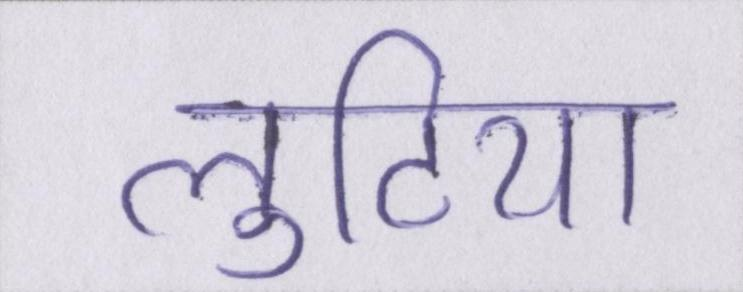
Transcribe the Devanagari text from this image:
लुटिया